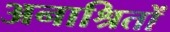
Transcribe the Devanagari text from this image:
अनाश्रितों